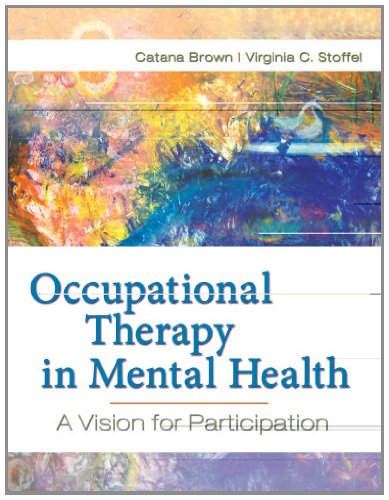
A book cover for Occupational Therapy in Mental Health: A Vision for Participation; Catana Brown PhD  OTR  FAOTA; Medical Books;